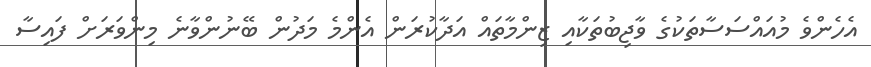
އެހެންވެ މުއައްސަސާތަކުގެ ވާޖިބުތަކާއި ޒިންމާތައް އަދާކުރަން އެންމެ މަދުން ބޭނުންވާނެ މިންވަރަށް ފައިސާ